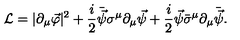
{ \cal L } = | \partial _ { \mu } \vec { \varphi } | ^ { 2 } + \frac { i } { 2 } \bar { \vec { \psi } } \sigma ^ { \mu } \partial _ { \mu } \vec { \psi } + \frac { i } { 2 } \vec { \psi } \bar { \sigma } ^ { \mu } \partial _ { \mu } \bar { \vec { \psi } } .